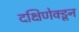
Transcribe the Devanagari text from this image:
दक्षिणेक्डून